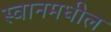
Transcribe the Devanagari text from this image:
स्वानमधील